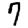
Digit: 7